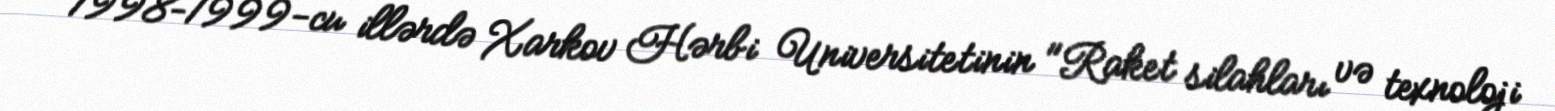
1998–1999-cu illərdə Xarkov Hərbi Universitetinin "Raket silahları və texnoloji